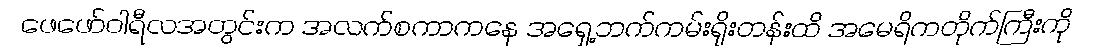
ဖေဖော်ဝါရီလအတွင်းက အလက်စကာကနေ အရှေ့ဘက်ကမ်းရိုးတန်းထိ အမေရိကတိုက်ကြီးကို